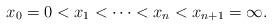
LaTeX: \begin{align*}x_0=0<x_1<\cdots<x_n<x_{n+1}=\infty.\end{align*}